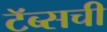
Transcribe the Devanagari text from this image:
टॅब्सची